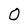
Character: 0